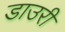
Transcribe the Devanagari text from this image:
डाउरी